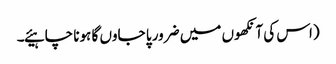
(اس کی آنکھوں میں ضرور پا جاوں گا ہونا چاہیئے۔